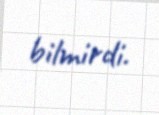
bilmirdi.